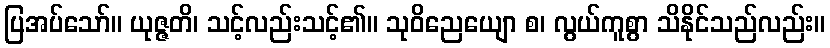
ပြအပ်သော်။ ယုဇ္ဇတိ၊ သင့်လည်းသင့်၏။ သုဝိညေယျော စ၊ လွယ်ကူစွာ သိနိုင်သည်လည်း။